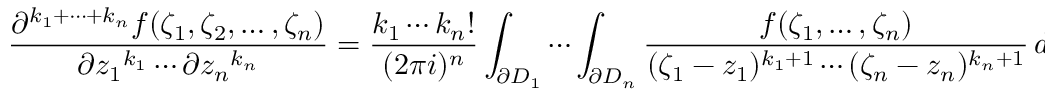
{ \frac { \partial ^ { k _ { 1 } + \cdots + k _ { n } } f ( \zeta _ { 1 } , \zeta _ { 2 } , \ldots , \zeta _ { n } ) } { \partial { z _ { 1 } } ^ { k _ { 1 } } \cdots \partial { z _ { n } } ^ { k _ { n } } } } = { \frac { k _ { 1 } \cdots k _ { n } ! } { ( 2 \pi i ) ^ { n } } } \int _ { \partial D _ { 1 } } \cdots \int _ { \partial D _ { n } } { \frac { f ( \zeta _ { 1 } , \dots , \zeta _ { n } ) } { ( \zeta _ { 1 } - z _ { 1 } ) ^ { k _ { 1 } + 1 } \cdots ( \zeta _ { n } - z _ { n } ) ^ { k _ { n } + 1 } } } \, d \zeta _ { 1 } \cdots d \zeta _ { n } .